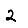
Digit: 2